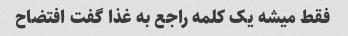
فقط میشه یک کلمه راجع به غذا گفت افتضاح